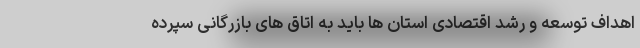
اهداف توسعه و رشد اقتصادی استان ها باید به اتاق های بازرگانی سپرده